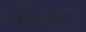
સોનાદા